画像に写った文字を読んでください
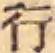
「行」と書いてあります